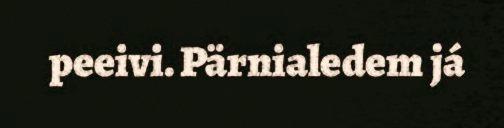
peeivi. Pärnialedem já